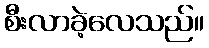
စီးလာခဲ့လေသည်။